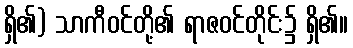
ရှိ၏) သာကီဝင်တို့၏ ရာဇဝင်တိုင်း၌ ရှိ၏။